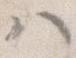
ハ